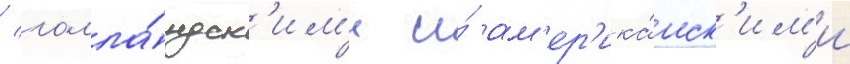
/ голла́ндск'им'и и́ ам'ер'ика́нск'им'и